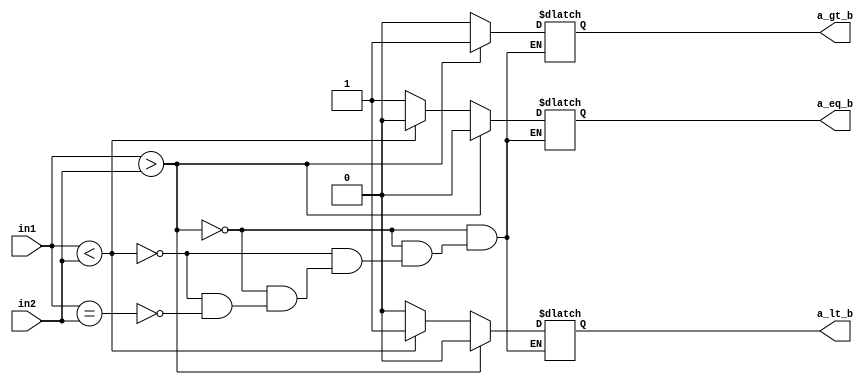
`timescale 1ns / 1ps
//////////////////////////////////////////////////////////////////////////////////
// Company: 
// Engineer: 
// 
// Design Name: 
// Module Name: n_comparator
// Project Name: 
// Target Devices: 
// Tool Versions: 
// Description: 
// This code is only meant for two inputs and three output; 
// Dependencies: 
// 
// Revision:
// Revision 0.01 - File Created
// Additional Comments:
// 
//////////////////////////////////////////////////////////////////////////////////


module comp #(parameter WIDTH = 8) (
            input [WIDTH-1:0] in1,
            input [WIDTH-1:0] in2,
            output reg a_eq_b,
            output reg a_lt_b,
            output reg a_gt_b
            );
          
 always @(*)
 begin
    if (in1 > in2)begin
        a_gt_b = 1;a_lt_b = 0;a_eq_b = 0;end
    else if (in1 < in2)begin
        a_gt_b = 0;a_lt_b = 1;a_eq_b = 0;end
    else if (in1 == in2)begin
        a_gt_b = 0;a_lt_b = 0;a_eq_b = 1;end
 end           
endmodule